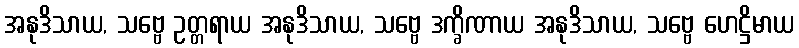
အနုဒိသာယ, သဗ္ဗေ ဥတ္တရာယ အနုဒိသာယ, သဗ္ဗေ ဒက္ခိဏာယ အနုဒိသာယ, သဗ္ဗေ ဟေဋ္ဌိမာယ